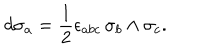
d \sigma _ { a } = \frac { 1 } { 2 } \epsilon _ { a b c } \, \sigma _ { b } \wedge \sigma _ { c } .